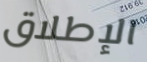
الإطلاق